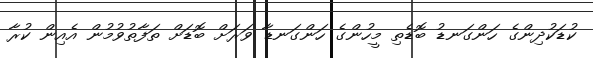
ކުޑަކުދިންގެ ހަންގަނޑު ބޮޑެތި މީހުންގެ ހަންގަނޑާ ވަރަށް ބޮޑަށް ތަފާތުވުމުން އެއިން ކުރާ